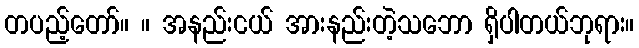
တပည့်တော်။ ။ အနည်းငယ် အားနည်းတဲ့သဘော ရှိပါတယ်ဘုရား။